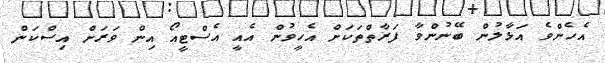
އެހެންވެ އަޅާލުން ބޭނުންވާ ފަރާތްތަކަށް އެހީވުން އެއީ އެސްޓީއޯ އިން ވަރަށް އިސްކަން